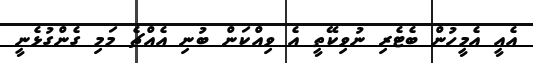
އެއީ އެމީހުން ބެޓެރި ނުވިކޭތީ އެ ވިއްކަން ބުނި އެއްޗެ މަމި ގެންގުޅެނީ